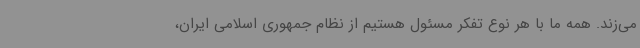
می‌زند. همه ما با هر نوع تفکر مسئول هستیم از نظام جمهوری اسلامی ایران،